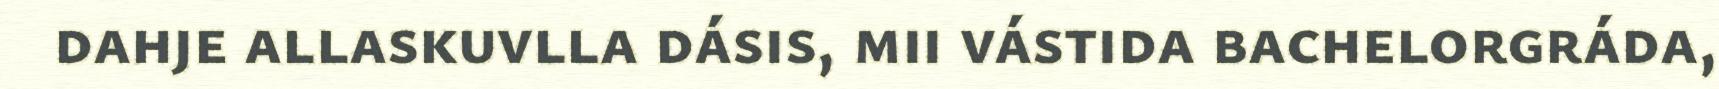
dahje allaskuvlla dásis, mii vástida bachelorgráda,